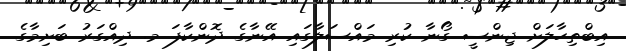
އިބްތިހާލަށް ޖިންސީ ގޯނާ ކުރި މައްސަލާގައި އޭނާގެ ދޮންކާފަ މ. ދިއްގަރު ބަށިމާގެ